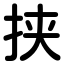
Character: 挟